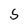
Character: S